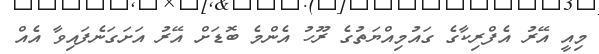
މިއީ އޭރު އެފްރިކާގެ ގައުމިއްޔަތުގެ ރޫހު އެންމެ ބޮޑަށް އޭރު އަށަގަނެފައިވާ އެއް